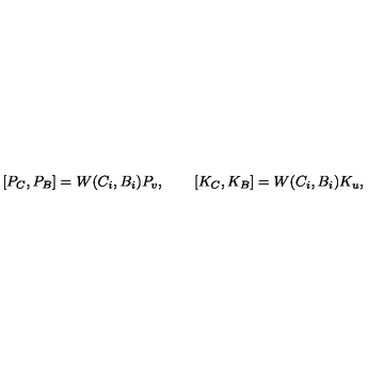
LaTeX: { } [ P _ { C } , P _ { B } ] = W ( C _ { i } , B _ { i } ) P _ { v } , \qquad [ K _ { C } , K _ { B } ] = W ( C _ { i } , B _ { i } ) K _ { u } ,